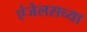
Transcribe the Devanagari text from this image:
एंजेलसच्या